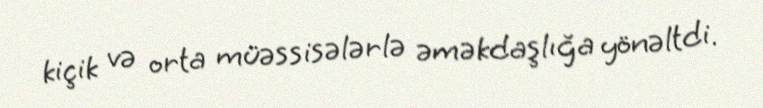
kiçik və orta müəssisələrlə əməkdaşlığa yönəltdi.